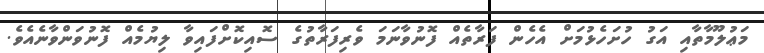
މަޢުލޫމާތާއި އަގު ހުށަހެޅުމަށް އެހެން ފަރާތެއް ފޮނުވާނަމަ ވެރިފަރާތުގެ ސޮއިކޮށްފައިވާ ލިޔުމެއް ފޮނުވަންވާނެއެވެ.